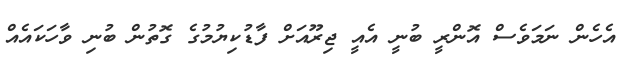
އެހެން ނަމަވެސް އޮންރީ ބުނީ އެއީ ޖިރޫއަށް ފާޑުކިޔުމުގެ ގޮތުން ބުނި ވާހަކައެއް